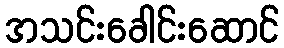
အသင်းခေါင်းဆောင်